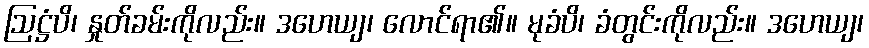
ဩဋ္ဌံပိ၊ နှုတ်ခမ်းကိုလည်း။ ဒဟေယျ၊ လောင်ရာ၏။ မုခံပိ၊ ခံတွင်းကိုလည်း။ ဒဟေယျ၊